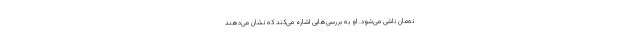
نه‌مان ناشی می‌شود. او به بررسی‌هایی اشاره می‌کند که نشان می‌دهند